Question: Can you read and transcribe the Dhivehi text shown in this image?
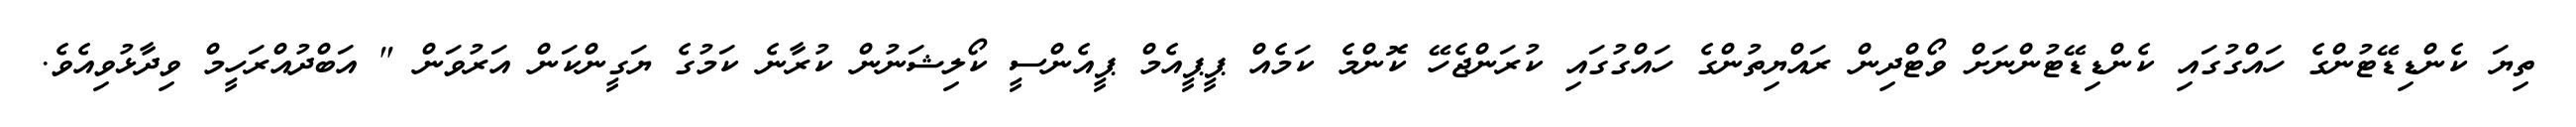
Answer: ތިޔަ ކެންޑިޑޭޓުންގެ ހައްގުގައި ކެންޑިޑޭޓުންނަށް ވޯޓްދިން ރައްޔިތުންގެ ހައްގުގައި ކުރަންޖެހޭ ކޮންމެ ކަމެއް ޕީޕީއެމް ޕީއެންސީ ކޯލިޝަނުން ކުރާނެ ކަމުގެ ޔަގީންކަން އަރުވަން " އަބްދުއްރަހީމް ވިދާޅުވިއެވެ.